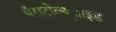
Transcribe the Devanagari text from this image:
पैराटोल्यूडाइड